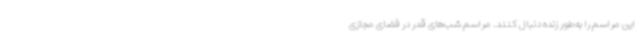
این مراسم را به‌طور زنده دنبال کنند. مراسم شب‌های قدر در فضای مجازی